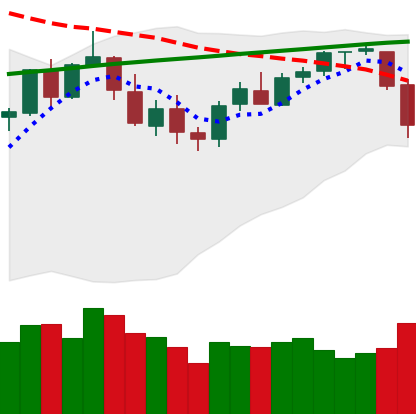
Ticker: BTC-USD
Chart end date: 2018-03-07
Forward return: -7.631%
Label: down_7plus